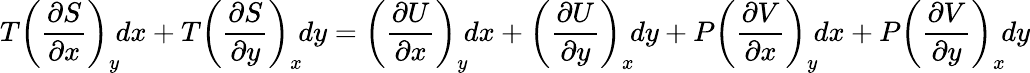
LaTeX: T\left({\frac{\partial S}{\partial x}}\right)_{y}\! dx+T\left({\frac{\partial S}{\partial y}}\right)_{x}\! dy=\left({\frac{\partial U}{\partial x}}\right)_{y}\! dx+\left({\frac{\partial U}{\partial y}}\right)_{x}\! dy+P\left({\frac{\partial V}{\partial x}}\right)_{y}\! dx+P\left({\frac{\partial V}{\partial y}}\right)_{x}\! dy